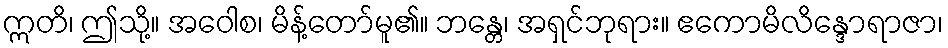
ဣတိ၊ ဤသို့။ အဝေါစ၊ မိန့်တော်မူ၏။ ဘန္တေ၊ အရှင်ဘုရား။ ဧကောမိလိန္ဒောရာဇာ၊